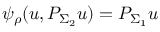
\psi _ { \rho } ( u , P _ { \Sigma _ { 2 } } u ) = P _ { \Sigma _ { 1 } } u